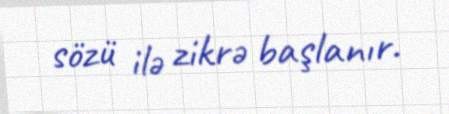
sözü ilə zikrə başlanır.